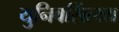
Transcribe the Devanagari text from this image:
युनिवर्सित्य्य